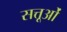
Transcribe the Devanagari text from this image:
सत्तूओं